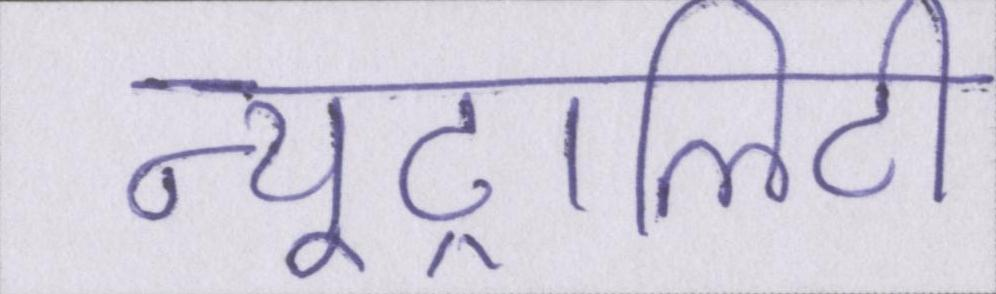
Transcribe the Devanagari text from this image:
न्यूट्रालिटी